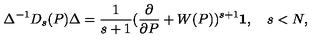
\Delta ^ { - 1 } D _ { s } ( P ) \Delta = \frac { 1 } { s + 1 } ( \frac { \partial } { \partial P } + W ( P ) ) ^ { s + 1 } { \bf 1 } , \quad s < N ,